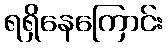
ရရှိနေကြောင်း